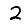
Digit: 2